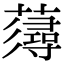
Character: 𧀷